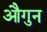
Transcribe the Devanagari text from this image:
औगुन